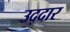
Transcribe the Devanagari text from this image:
उद्दार